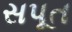
સપૂત